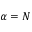
\alpha = N